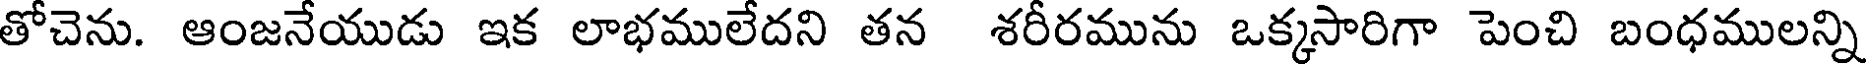
తోచెను. ఆంజనేయుడు ఇక లాభములేదని తన శరీరమును ఒక్కసారిగా పెంచి బంధములన్ని